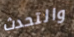
والتحدث